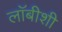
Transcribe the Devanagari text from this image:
लाॅबीशी